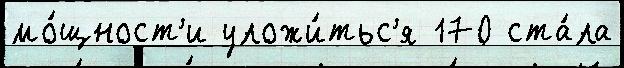
мо́щност'и уложи́тьс'я 170 ста́ла